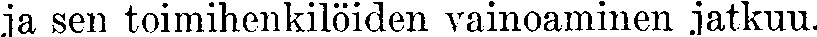
ja sen toimihenkilöiden vainoaminen jatkuu.